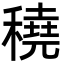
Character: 穘